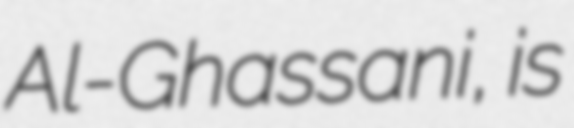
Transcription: Al-Ghassani, is